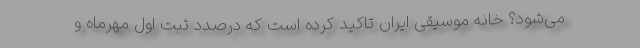
می‌شود؟ خانه موسیقی ایران تاکید کرده است که درصدد ثبت اول مهرماه و